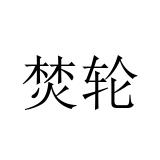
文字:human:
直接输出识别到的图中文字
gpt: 焚轮